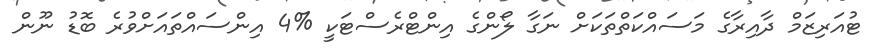
ޓުއަރިޒަމް ދާއިރާގެ މަސައްކަތްތަކަށް ނަގާ ލޯންގެ އިންޓްރެސްޓަކީ %4 އިންސައްތައަށްވުރެ ބޮޑު ނޫން